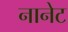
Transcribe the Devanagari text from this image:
नानेट